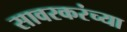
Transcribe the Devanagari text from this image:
सावरकरंच्या